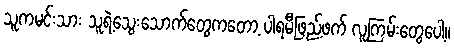
သူကမင်းသား သူရဲ့သွေးသောက်တွေကတော့ ပါရမီဖြည့်ဖက် လူကြမ်းတွေပေါ့။